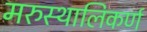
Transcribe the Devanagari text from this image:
मरुस्थालिकर्ण